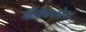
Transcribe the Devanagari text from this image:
ग्रैंडीफ्लोरा